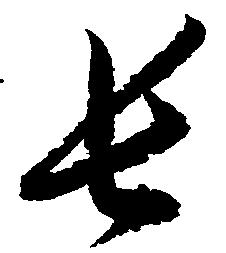
長